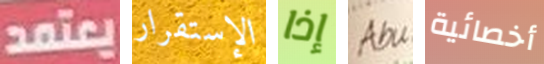
يعتمد الإستقرار إذا Abu أخصائية